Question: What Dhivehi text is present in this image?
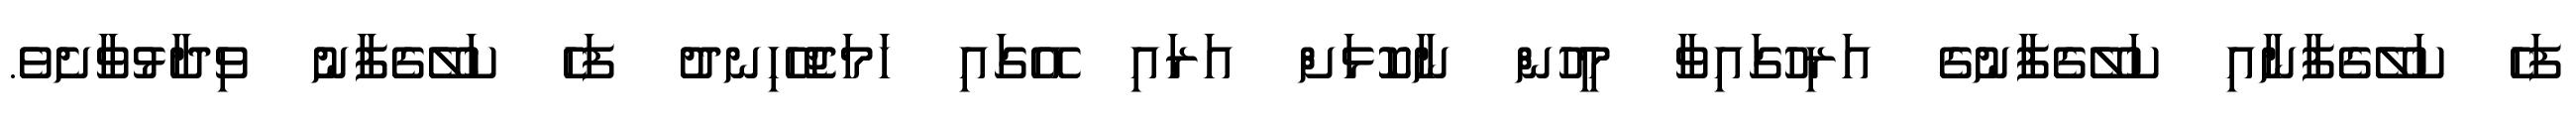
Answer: ފަހެ ކަލޭގެފާނާއި ކަލޭގެފާނުގެ އަރިހުގައިވާ މީހުން ނާކޮޅަށް އަރައި އޭގައި ހަމަޖެހޭހިނދު ފަހެ ކަލޭގެފާނު ވިދާޅުވާށެވެ.